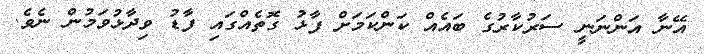
އޭނާ އަންނަނީ ސަރުކާރުގެ ބައެއް ކަންކަމަށް ފާޅު ގޮތެއްގައި ފާޑު ވިދާޅުވަމުން ނެވެ.